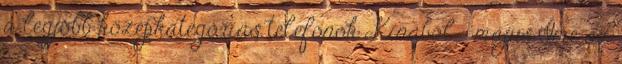
a legjobb középkategóriás telefonok Kínából - május Íme az